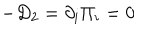
LaTeX: - D _ { 2 } = \partial _ { i } \Pi _ { i } = 0